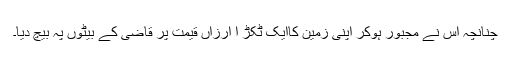
چنانچہ اس نے مجبور ہوکر اپنی زمین کاایک ٹکڑ ا ارزاں قیمت پر قاضی کے بیٹوں پہ بیچ دیا۔